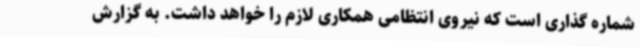
شماره گذاری است که نیروی انتظامی همکاری لازم را خواهد داشت. به گزارش